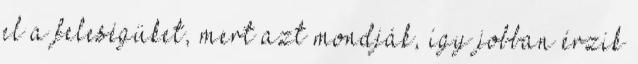
el a feleségüket, mert azt mondják, így jobban érzik